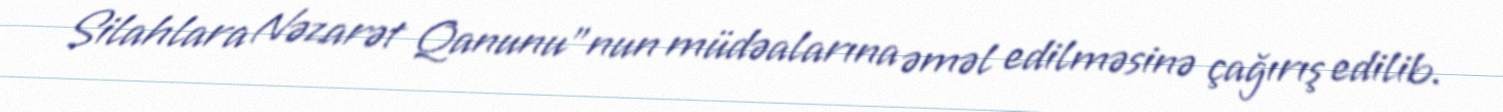
Silahlara Nəzarət Qanunu”nun müdəalarına əməl edilməsinə çağırış edilib.